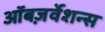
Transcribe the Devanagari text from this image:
ऑबज़र्वेशन्स